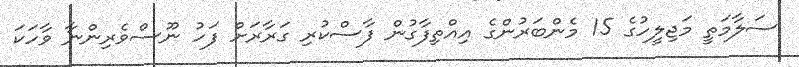
ސަލާމަތީ މަޖިލީހުގެ 15 މެންބަރުންގެ އިއްތިފާގުން ފާސްކުރި ގަރާރަށް ފަހު ނޫސްވެރިންނާ ވާހަކަ